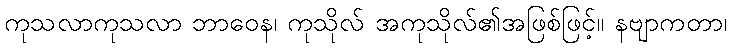
ကုသလာကုသလာ ဘာဝေန၊ ကုသိုလ် အကုသိုလ်၏အဖြစ်ဖြင့်။ နဗျာကတာ၊